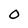
Character: 0